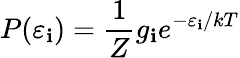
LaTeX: P(\varepsilon_{\mathbf{i}})={\frac{{1}}{{Z}}}g_{\mathbf{i}}e^{-\varepsilon_{\mathbf{i}}/kT}